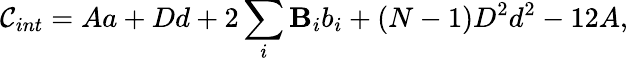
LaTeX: \mathcal{C}_{int}=Aa+Dd+2\sum_{i}\mathbf{B}_{i}b_{i}+(N-1)D^{2}d^{2}-12A,